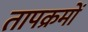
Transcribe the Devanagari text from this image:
तापक्रमों